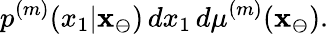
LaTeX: p^{(m)}(x_{1}|\mathbf{x}_{\ominus})\, dx_{1}\, d\mu^{(m)}(\mathbf{x}_{\ominus}).